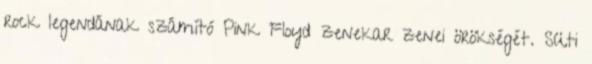
rock legendának számító Pink Floyd zenekar zenei örökségét. Süti